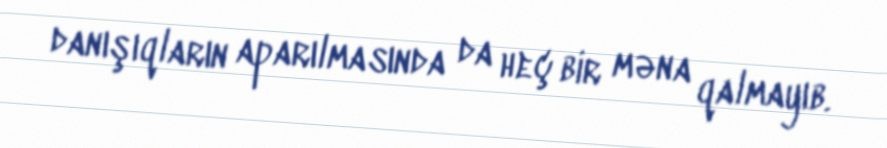
danışıqların aparılmasında da heç bir məna qalmayıb.